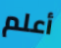
أعلم